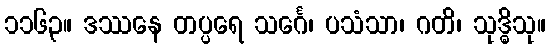
၁၁၆၃။ ဒဿနေ တပ္ပရေ သင်္ဂေ၊ ပသံသာ၊ ဂတိ၊ သုဒ္ဓိသု။